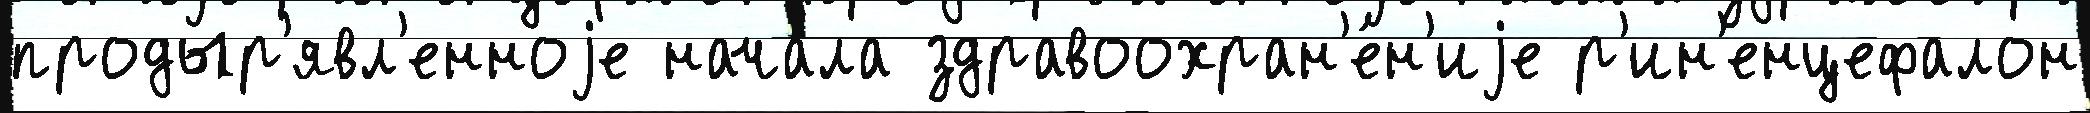
продыр'явл'енноjе нача́ла здравоохран'е́н'иjе р'ин'енцефалон